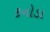
કનોડા